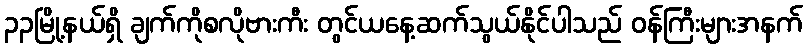
၃၃မြို့နယ်ရှိ ချက်ကိုစလိုဗားကီး တွင်ယနေ့ဆက်သွယ်နိုင်ပါသည် ဝန်ကြီးများအနက်